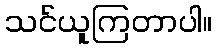
သင်ယူကြတာပါ။